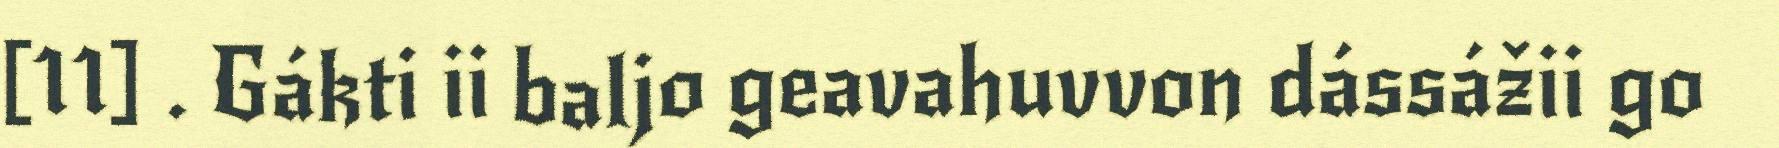
[11] . Gákti ii baljo geavahuvvon dássážii go